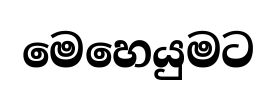
මෙහෙයුමට